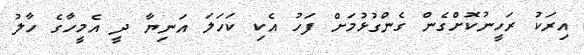
އިރަކު ރަހީނުކޮށްގެން ގެންގުޅުމަށް ފަހު އެކި ކަހަލަ އަނިޔާ ދީ އެމީހާގެ ހާލު